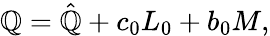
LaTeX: \mathbb{Q}=\hat{{\mathbb{Q}}}+c_{0}L_{0}+b_{0}M,